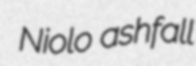
Niolo ashfall